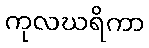
ကုလဃရိကာ